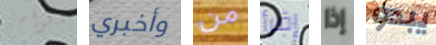
يتواجد وأخبري من إقرأ إذا يبدو